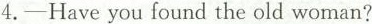
4.—Have you found the old woman?